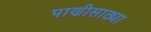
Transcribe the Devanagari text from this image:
पाणीसाठ्या